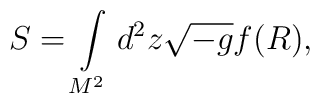
S=\int\limits_{M^2}^{}d^2 z \sqrt{-g} f(R),